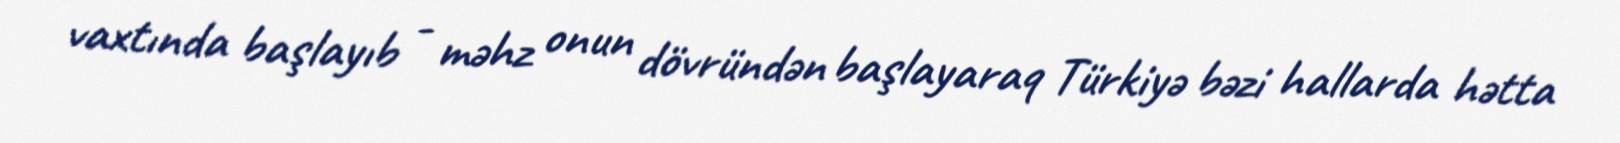
vaxtında başlayıb - məhz onun dövründən başlayaraq Türkiyə bəzi hallarda hətta